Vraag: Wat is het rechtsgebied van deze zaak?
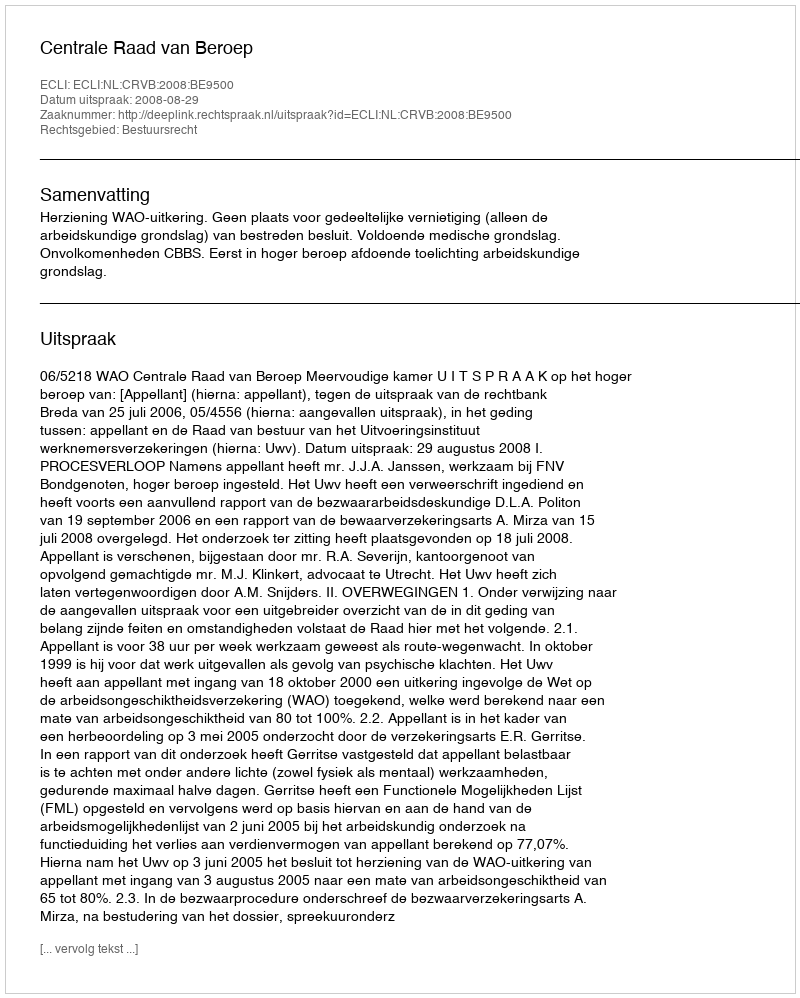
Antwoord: Bestuursrecht